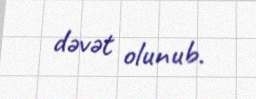
dəvət olunub.